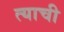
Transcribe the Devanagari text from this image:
त्‍याची